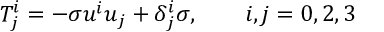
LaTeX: T _ { j } ^ { i } = - \sigma u ^ { i } u _ { j } + \delta _ { j } ^ { i } \sigma , \qquad i , j = 0 , 2 , 3